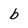
Character: b